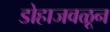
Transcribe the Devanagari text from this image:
डोहाजवळून